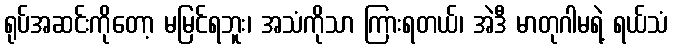
ရုပ်အဆင်းကိုတော့ မမြင်ရဘူး၊ အသံကိုသာ ကြားရတယ်၊ အဲဒီ မာတုဂါမရဲ့ ရယ်သံ